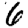
Digit: 6